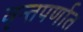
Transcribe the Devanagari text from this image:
वृन्तपर्णात